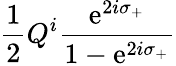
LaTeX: \frac{1}{2}Q^{i}\frac{\mathrm{e}^{2i\sigma_{+}}}{1-\mathrm{e}^{2i\sigma_{+}}}